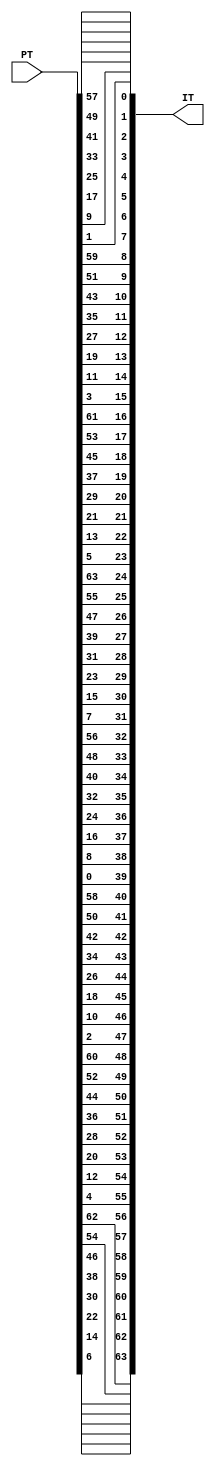
//Initial round permutation, (The part that happens before any of the
//actual cryptography. This essentially scrambles the input wires
//around to add obscurity.

module init (IT, PT);

	input [63:0] PT;	//Plaintext input
	output [63:0] IT;	//initial round text 
	
	//58 50 42 34 26 18 10 2
	assign IT[0] = PT[57];
	assign IT[1] = PT[49]; 
	assign IT[2] = PT[41];
	assign IT[3] = PT[33];
	assign IT[4] = PT[25];
	assign IT[5] = PT[17];
	assign IT[6] = PT[9];
	assign IT[7] = PT[1];
	
	//60 52 44 36 28 20 12 4
	assign IT[8] = PT[59];
	assign IT[9] = PT[51]; 
	assign IT[10] = PT[43];
	assign IT[11] = PT[35];
	assign IT[12] = PT[27];
	assign IT[13] = PT[19];
	assign IT[14] = PT[11];
	assign IT[15] = PT[3];
	
	//62 54 46 38 30 22 14 6
	assign IT[16] = PT[61];
	assign IT[17] = PT[53]; 
	assign IT[18] = PT[45];
	assign IT[19] = PT[37];
	assign IT[20] = PT[29];
	assign IT[21] = PT[21];
	assign IT[22] = PT[13];
	assign IT[23] = PT[5];
	
	//64 56 48 40 32 24 16 8
	assign IT[24] = PT[63];
	assign IT[25] = PT[55]; 
	assign IT[26] = PT[47];
	assign IT[27] = PT[39];
	assign IT[28] = PT[31];
	assign IT[29] = PT[23];
	assign IT[30] = PT[15];
	assign IT[31] = PT[7];
	
	//57 49 41 33 25 17 9 1
	assign IT[32] = PT[56];
	assign IT[33] = PT[48]; 
	assign IT[34] = PT[40];
	assign IT[35] = PT[32];
	assign IT[36] = PT[24];
	assign IT[37] = PT[16];
	assign IT[38] = PT[8];
	assign IT[39] = PT[0];
	
	//59 51 43 35 27 19 11 3
	assign IT[40] = PT[58];
	assign IT[41] = PT[50]; 
	assign IT[42] = PT[42];
	assign IT[43] = PT[34];
	assign IT[44] = PT[26];
	assign IT[45] = PT[18];
	assign IT[46] = PT[10];
	assign IT[47] = PT[2];
	
	//61 53 45 37 29 21 13 5
	assign IT[48] = PT[60];
	assign IT[49] = PT[52]; 
	assign IT[50] = PT[44];
	assign IT[51] = PT[36];
	assign IT[52] = PT[28];
	assign IT[53] = PT[20];
	assign IT[54] = PT[12];
	assign IT[55] = PT[4];
	
	//63 55 47 39 31 23 15 7 
	assign IT[56] = PT[62];
	assign IT[57] = PT[54]; 
	assign IT[58] = PT[46];
	assign IT[59] = PT[38];
	assign IT[60] = PT[30];
	assign IT[61] = PT[22];
	assign IT[62] = PT[14];
	assign IT[63] = PT[6];
	

endmodule